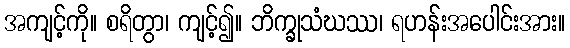
အကျင့်ကို။ စရိတွာ၊ ကျင့်၍။ ဘိက္ခုသံဃဿ၊ ရဟန်းအပေါင်းအား။